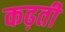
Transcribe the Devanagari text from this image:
कढ़ती